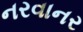
નરવાનર